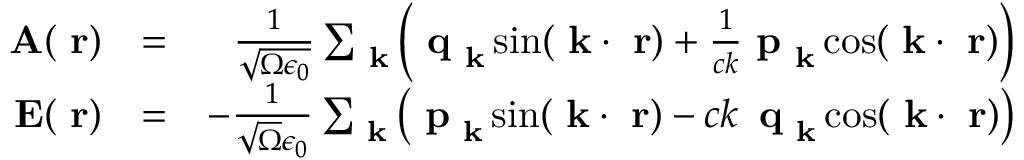
\begin{array} { r l r } { \mathrm { \bf ~ A } ( \mathrm { \bf ~ r } ) } & { = } & { \frac { 1 } { \sqrt { \Omega \epsilon _ { 0 } } } \sum _ { \mathrm { \bf ~ k } } \left( \mathrm { \bf ~ q } _ { \mathrm { \bf ~ k } } \sin ( \mathrm { \bf ~ k } \cdot \mathrm { \bf ~ r } ) + \frac { 1 } { c k } \mathrm { \bf ~ p } _ { \mathrm { \bf ~ k } } \cos ( \mathrm { \bf ~ k } \cdot \mathrm { \bf ~ r } ) \right) } \\ { \mathrm { \bf ~ E } ( \mathrm { \bf ~ r } ) } & { = } & { - \frac { 1 } { \sqrt { \Omega } \epsilon _ { 0 } } \sum _ { \mathrm { \bf ~ k } } \left( \mathrm { \bf ~ p } _ { \mathrm { \bf ~ k } } \sin ( \mathrm { \bf ~ k } \cdot \mathrm { \bf ~ r } ) - c k \, \mathrm { \bf ~ q } _ { \mathrm { \bf ~ k } } \cos ( \mathrm { \bf ~ k } \cdot \mathrm { \bf ~ r } ) \right) } \end{array}